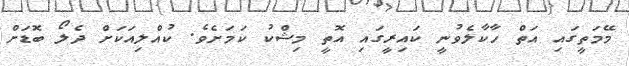
މޭމަތީގައި އަތް ހާކާލެވުނީ ކައިރީގައި އޮތީ މިޝްކު ކަމަށެވެ. ކުއްލިއަކަށް ދެލޯ ބޮޑަށް